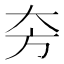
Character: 𱘮